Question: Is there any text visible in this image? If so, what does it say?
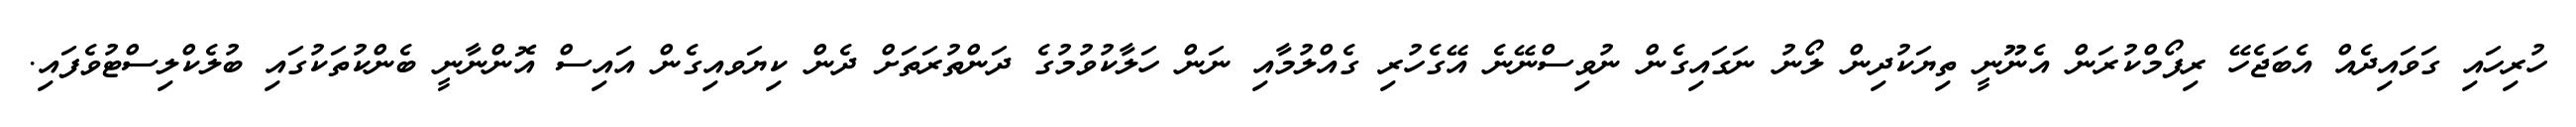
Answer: ހުރިހައި ގަވައިދެއް އެބަޖެހޭ ރިފޯމްކުރަން އެނޫނީ ތިޔަކުދިން ލޯނު ނަގައިގެން ނުވިސްނޭނެ އޭގެހުރި ގެއްލުމާއި ނަން ހަލާކުވުމުގެ ދަންތުރަތަށް ދެން ކިޔަވއިގެން އައިސް އޮންނާނީ ބެންކުތަކުގައި ބުލެކްލިސްޓުވެފައި.